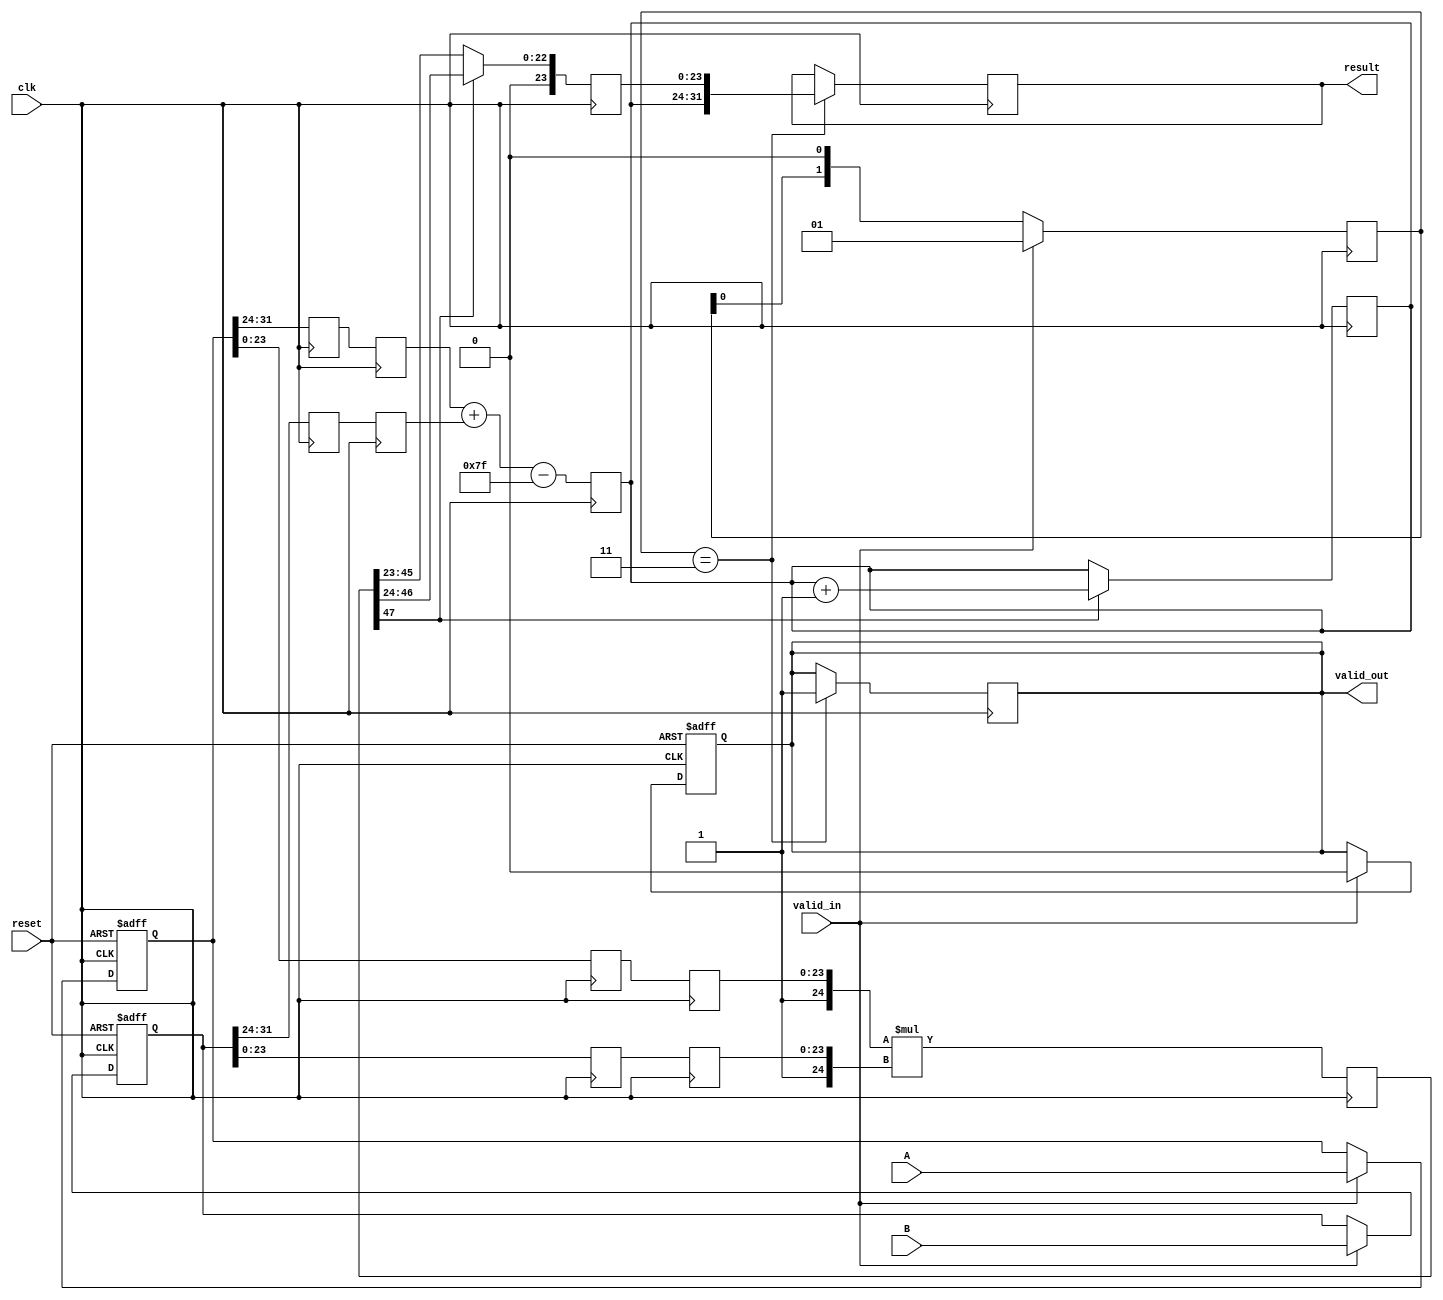
module pipelined_fp_multiplier (
    input wire clk,
    input wire reset,
    input wire valid_in,
    input wire [31:0] A, // First floating-point operand
    input wire [31:0] B, // Second floating-point operand
    output reg valid_out,
    output reg [31:0] result // Result of the multiplication
);

    // Floating-point representation components
    reg sign_A, sign_B, sign_result;
    reg [7:0] exp_A, exp_B, exp_result;
    reg [23:0] frac_A, frac_B, frac_result;
    
    // Pipeline registers
    reg [31:0] stage1_A, stage1_B;
    reg [1:0] stage2_valid; // Valid signals for stages
    reg [7:0] stage2_exp_A, stage2_exp_B;
    reg [23:0] stage2_frac_A, stage2_frac_B;
    reg [7:0] stage3_exp_result;
    reg [47:0] stage4_frac_result; // Intermediate product of fractions
    reg [23:0] stage5_frac_normalized;
    
    // Bias for single-precision floating-point
    localparam EXP_BIAS = 8'd127;

    // Stage 1: Input Register
    always @(posedge clk or posedge reset) begin
        if (reset) begin
            stage1_A <= 32'b0;
            stage1_B <= 32'b0;
            valid_out <= 1'b0;
        end else if (valid_in) begin
            stage1_A <= A;
            stage1_B <= B;
            valid_out <= 1'b0; // Output not valid until all stages complete
        end
    end

    // Stage 2: Decompose Operands
    always @(posedge clk) begin
        {sign_A, exp_A, frac_A} <= {stage1_A[31], stage1_A[30:23], stage1_A[22:0]};
        {sign_B, exp_B, frac_B} <= {stage1_B[31], stage1_B[30:23], stage1_B[22:0]};
        stage2_exp_A <= exp_A;
        stage2_exp_B <= exp_B;
        stage2_frac_A <= frac_A;
        stage2_frac_B <= frac_B;
        stage2_valid <= valid_in ? 2'b01 : stage2_valid << 1; // Shift valid signal
    end

    // Stage 3: Exponent Calculation
    always @(posedge clk) begin
        exp_result <= stage2_exp_A + stage2_exp_B - EXP_BIAS;
    end

    // Stage 4: Mantissa Multiplication
    always @(posedge clk) begin
        stage4_frac_result <= {1'b1, stage2_frac_A} * {1'b1, stage2_frac_B}; // Multiplying fractions
    end

    // Stage 5: Normalize Result
    always @(posedge clk) begin
        if (stage4_frac_result[47]) begin
            stage5_frac_normalized <= stage4_frac_result[46:24]; // Shift right if overflow
            exp_result <= exp_result + 1;
        end else begin
            stage5_frac_normalized <= stage4_frac_result[45:23]; // Normal case
        end
    end

    // Stage 6: Final Output Register
    always @(posedge clk) begin
        if (stage2_valid == 2'b11) begin // Check if both inputs valid
            sign_result <= sign_A ^ sign_B; // XOR for sign
            result <= {sign_result, exp_result, stage5_frac_normalized}; // Combine to form result
            valid_out <= 1'b1; // Mark output as valid
        end
    end

endmodule